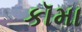
કૉમા